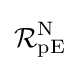
{\mathcal {R}}_{\text{pE}}^{\text{N}}